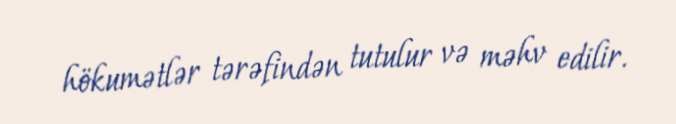
hökumətlər tərəfindən tutulur və məhv edilir.